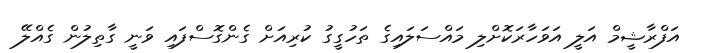
އަފްރާޝީމް އަލީ އަވަހާރަކޮށްލި މައްސަލައިގެ ތަހުގީގު ކުރިއަށް ގެންގޮސްފައި ވަނީ ގާތިލުން ގެއްލޭ